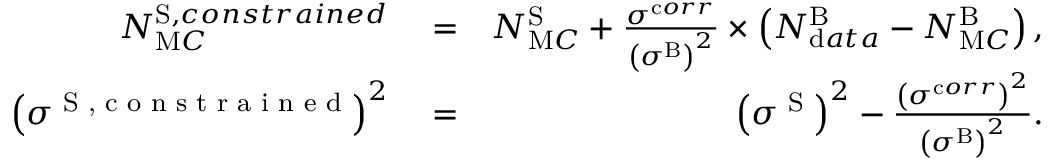
\begin{array} { r l r } { N _ { \textrm M C } ^ { \textrm S , c o n s t r a i n e d } } & { { } = } & { N _ { \textrm M C } ^ { \textrm S } + \frac { { \sigma } ^ { \textrm c o r r } } { \left( { \sigma } ^ { \textrm B } \right) ^ { 2 } } \times \left( N _ { \textrm d a t a } ^ { \textrm B } - N _ { \textrm M C } ^ { \textrm B } \right) , } \\ { \left( { \sigma } ^ { \textrm { S , c o n s t r a i n e d } } \right) ^ { 2 } } & { { } = } & { \left( { \sigma } ^ { \textrm { S } } \right) ^ { 2 } - \frac { \left( { \sigma } ^ { \textrm c o r r } \right) ^ { 2 } } { \left( { \sigma } ^ { \textrm B } \right) ^ { 2 } } . } \end{array}